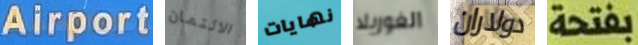
Airport الائتمان نهايات الغوريلا دولاران بفتحة